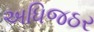
અધિજઠર